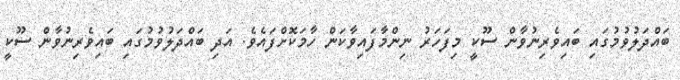
ބައްދަލުވުމުގައި ބައިވެރިނުވާން ސޫކީ މިފަހަރު ނިންމާފައިވާކަން ހާމަކޮށްފައެވެ. އަދި ބައްދަލުވުމުގައި ބައިވެރިނުވާން ސޫކީ